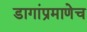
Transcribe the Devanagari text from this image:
डागांप्रमाणेच